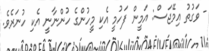
- ވަގުތު އިމޭޖަސް: އަމީން ފަހުމީ އެކި މީހުންގެ ހުންނާނީ އެކި ހުނަރެވެ.